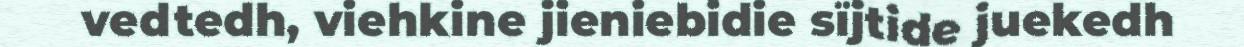
vedtedh, viehkine jieniebidie sïjtide juekedh